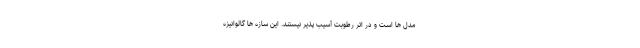
مدل ها است و در اثر رطوبت آسیب پذیر نیستند. این سازه ها گالوانیزه